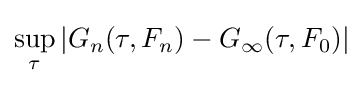
\sup _{\tau }|G_{n}(\tau ,F_{n})-G_{\infty }(\tau ,F_{0})|